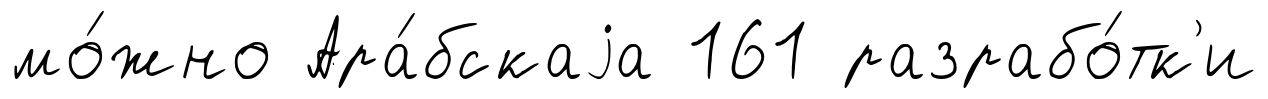
мо́жно Ара́бскаjа 161 разрабо́тк'и